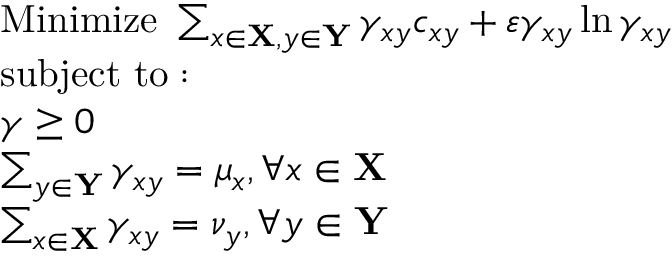
{ \begin{array} { r l } & { { \mathrm { M i n i m i z e ~ } } \sum _ { x \in \mathbf { X } , y \in \mathbf { Y } } \gamma _ { x y } c _ { x y } + \varepsilon \gamma _ { x y } \ln \gamma _ { x y } } \\ & { { \mathrm { s u b j e c t ~ t o : ~ } } } \\ & { \gamma \geq 0 } \\ & { \sum _ { y \in \mathbf { Y } } \gamma _ { x y } = \mu _ { x } , \forall x \in \mathbf { X } } \\ & { \sum _ { x \in \mathbf { X } } \gamma _ { x y } = \nu _ { y } , \forall y \in \mathbf { Y } } \end{array} }